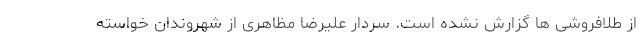
از طلافروشی ها گزارش نشده است. سردار علیرضا مظاهری از شهروندان خواسته